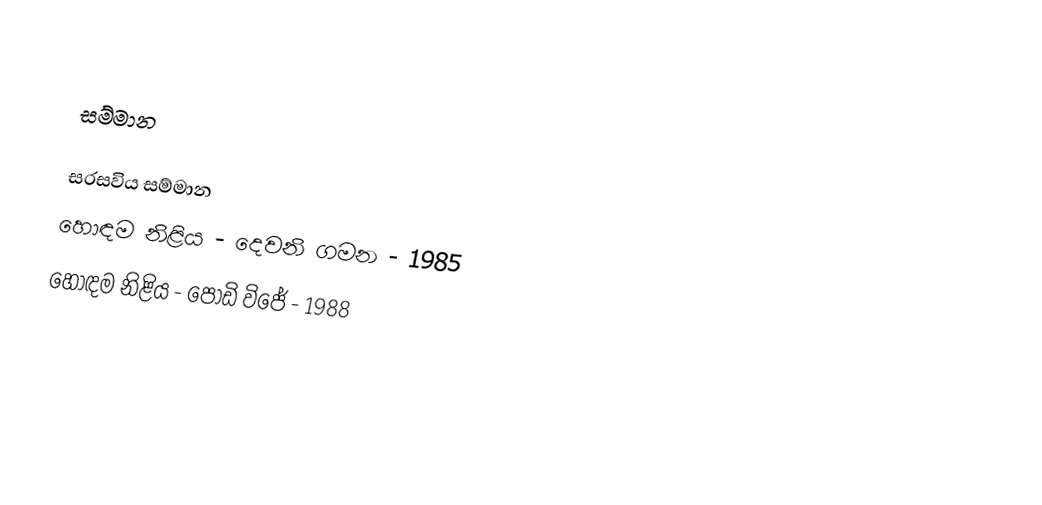

සම්මාන

සරසවිය සම්මාන
හොඳම නිළිය - දෙවනි ගමන - 1985
හොඳම නිළිය - පොඩි විජේ - 1988